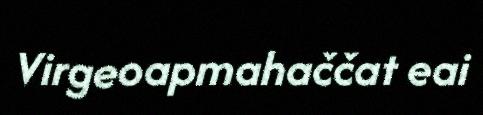
Virgeoapmahaččat eai